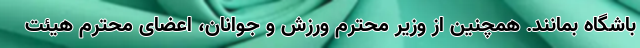
باشگاه بمانند. همچنین از وزیر محترم ورزش و جوانان، اعضای محترم هیئت